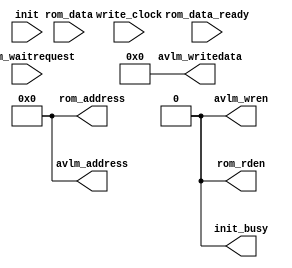
module ddr2_v10_1_rom_bridge (
	write_clock,

	rom_address,
	rom_data,
	rom_rden,
	init,
	rom_data_ready,
	init_busy,

	avlm_address,
	avlm_writedata,
	avlm_wren,
	avlm_waitrequest
	);

parameter AVL_DATA_WIDTH = 32;
parameter AVL_ADDR_WIDTH = 12;

input          write_clock;

output   [AVL_ADDR_WIDTH-1:0] rom_address;
input   [AVL_DATA_WIDTH-1:0] rom_data;
output         rom_rden;
input          init;
input          rom_data_ready;
output         init_busy;

output  [AVL_ADDR_WIDTH-1:0] avlm_address;
output  [AVL_DATA_WIDTH-1:0] avlm_writedata;
output         avlm_wren;
input          avlm_waitrequest;


	assign avlm_wren = 1'b0;
	assign rom_address = 0;
	assign rom_rden = 0;
	assign init_busy = 0;
	assign avlm_address = 0;
	assign avlm_writedata = 0;

endmodule